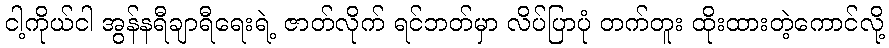
ငါ့ကိုယ်ငါ အွန်နရီချာရီရေးရဲ့ ဇာတ်လိုက် ရင်ဘတ်မှာ လိပ်ပြာပုံ တက်တူး ထိုးထားတဲ့ကောင်လို့